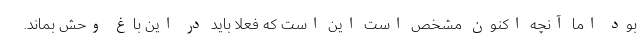
بود اما آنچه اکنون مشخص است این است که فعلا باید در این باغ وحش بماند.